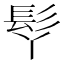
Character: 𩫾